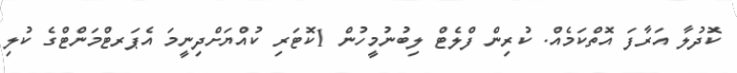
ކޮދުލާ އަރާފަ އޮތްކަމެއް. ކުރިން ފްލެޓް ލިބުނުމީހުން 1ކޮޓަރި ކުއްޔަށްދިނީމަ އެޕަރޓްމަންޓްގެ ކުލި